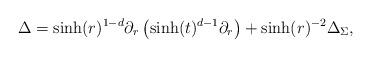
LaTeX: \begin{align*}\Delta = \sinh (r) ^{1-d} \partial_r \left( \sinh(t)^{d-1} \partial_r \right) + \sinh(r)^{-2} \Delta_\Sigma ,\end{align*}